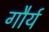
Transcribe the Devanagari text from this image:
गौर्य